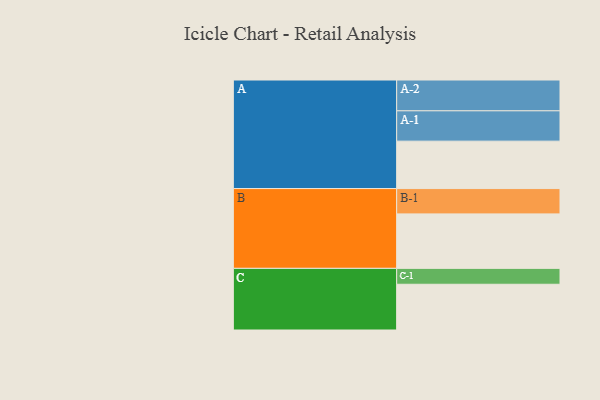
{"axis": {"x": "Segment", "y": "Value"}, "legend": ["", "A", "B", "C"], "data": [{"x": "A", "y": 397, "type": ""}, {"x": "B", "y": 456, "type": ""}, {"x": "C", "y": 383, "type": ""}, {"x": "A-1", "y": 254, "type": "A"}, {"x": "A-2", "y": 258, "type": "A"}, {"x": "B-1", "y": 212, "type": "B"}, {"x": "C-1", "y": 133, "type": "C"}]}